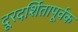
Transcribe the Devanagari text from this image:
दूरदर्शितापूर्वक